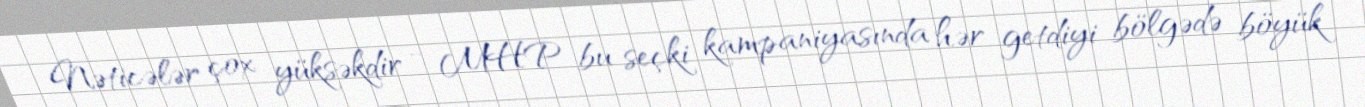
Nəticələr çox yüksəkdir - MHP bu seçki kampaniyasında hər getdiyi bölgədə böyük